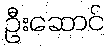
ဦးဆောင်